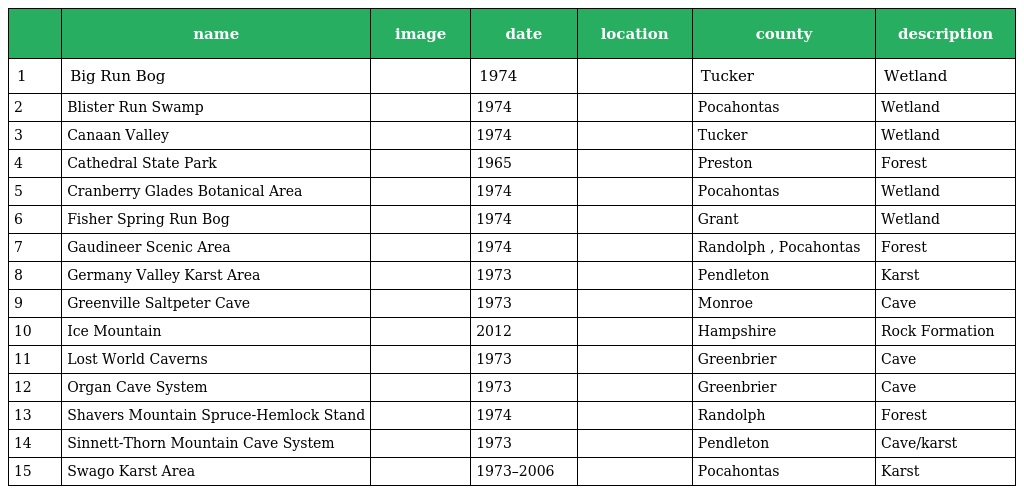
|  | name | image | date | location | county | description |
 | --- | --- | --- | --- | --- | --- | --- |
 | 1 | Big Run Bog |  | 1974 |  | Tucker | Wetland |
 | 2 | Blister Run Swamp |  | 1974 |  | Pocahontas | Wetland |
 | 3 | Canaan Valley |  | 1974 |  | Tucker | Wetland |
 | 4 | Cathedral State Park |  | 1965 |  | Preston | Forest |
 | 5 | Cranberry Glades Botanical Area |  | 1974 |  | Pocahontas | Wetland |
 | 6 | Fisher Spring Run Bog |  | 1974 |  | Grant | Wetland |
 | 7 | Gaudineer Scenic Area |  | 1974 |  | Randolph , Pocahontas | Forest |
 | 8 | Germany Valley Karst Area |  | 1973 |  | Pendleton | Karst |
 | 9 | Greenville Saltpeter Cave |  | 1973 |  | Monroe | Cave |
 | 10 | Ice Mountain |  | 2012 |  | Hampshire | Rock Formation |
 | 11 | Lost World Caverns |  | 1973 |  | Greenbrier | Cave |
 | 12 | Organ Cave System |  | 1973 |  | Greenbrier | Cave |
 | 13 | Shavers Mountain Spruce-Hemlock Stand |  | 1974 |  | Randolph | Forest |
 | 14 | Sinnett-Thorn Mountain Cave System |  | 1973 |  | Pendleton | Cave/karst |
 | 15 | Swago Karst Area |  | 1973–2006 |  | Pocahontas | Karst |